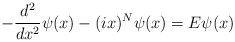
\begin{align*}-\frac{d^2}{dx^2}\psi(x)-(ix)^N\psi(x)=E\psi(x)\end{align*}